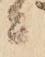
ニ